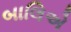
બાલિએ